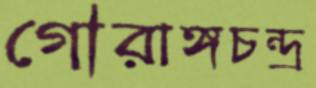
গৌরাঙ্গচন্দ্র